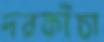
দরকাঁচা